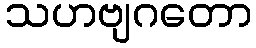
သဟဗျဂတော